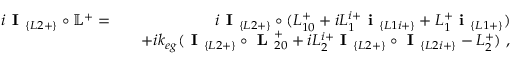
\begin{array} { r l r } { i \textbf { I } _ { \{ L 2 + \} } \circ \mathbb { L } ^ { + } = } & { } & { i \textbf { I } _ { \{ L 2 + \} } \circ ( L _ { 1 0 } ^ { + } + i L _ { 1 } ^ { i + } \textbf { i } _ { \{ L 1 i + \} } + L _ { 1 } ^ { + } \textbf { i } _ { \{ L 1 + \} } ) } \\ & { } & { + i k _ { e g } ( \textbf { I } _ { \{ L 2 + \} } \circ \textbf { L } _ { 2 0 } ^ { + } + i L _ { 2 } ^ { i + } \textbf { I } _ { \{ L 2 + \} } \circ \textbf { I } _ { \{ L 2 i + \} } - L _ { 2 } ^ { + } ) ~ , } \end{array}